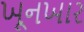
ખૂનખાર